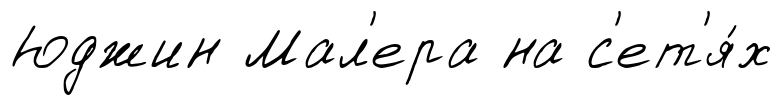
Юджин Мал'ера на с'ет'я́х